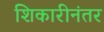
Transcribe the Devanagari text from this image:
शिकारीनंतर